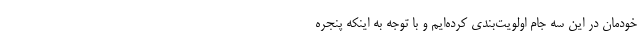
خودمان در این سه جام اولویت‌بندی کرده‌ایم و با توجه به اینکه پنجره